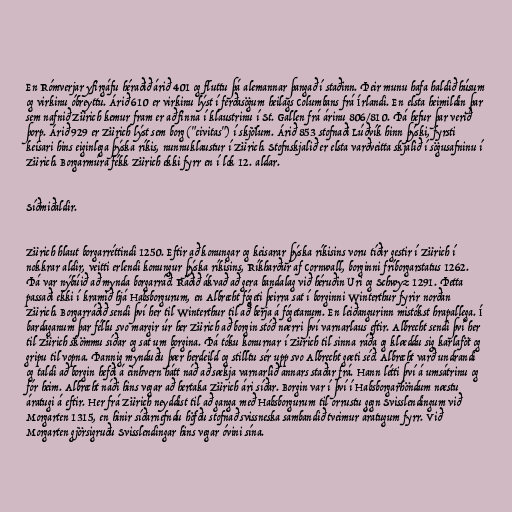
En Rómverjar yfirgáfu héraðið árið 401 og fluttu þá alemannar þangað í staðinn. Þeir munu hafa haldið húsum
og virkinu óbreyttu. Árið 610 er virkinu lýst í ferðasögum heilags Columbans frá Írlandi. En elsta heimildin þar
sem nafnið Zürich kemur fram er að finna í klaustrinu í St. Gallen frá árinu 806/810. Þá hefur þar verið
þorp. Árið 929 er Zürich lýst sem borg ("civitas") í skjölum. Árið 853 stofnaði Lúðvík hinn þýski, fyrsti
keisari hins eiginlega þýska ríkis, nunnuklaustur í Zürich. Stofnskjalið er elsta varðveitta skjalið í sögusafninu í
Zürich. Borgarmúra fékk Zürich ekki fyrr en í lok 12. aldar.

Síðmiðaldir.

Zürich hlaut borgarréttindi 1250. Eftir að konungar og keisarar þýska ríkisins voru tíðir gestir í Zürich í
nokkrar aldir, veitti erlendi konungur þýska ríkisins, Ríkharður af Cornwall, borginni fríborgarstatus 1262.
Þá var nýbúið að mynda borgarráð. Ráðið ákvað að gera bandalag við héruðin Uri og Schwyz 1291. Þetta
passaði ekki í kramið hjá Habsborgurum, en Albrecht fógeti þeirra sat í borginni Winterthur fyrir norðan
Zürich. Borgarráðið sendi því her til Winterthur til að berja á fógetanum. En leiðangurinn mistókst hrapallega. Í
bardaganum þar féllu svo margir úr her Zürich að borgin stóð nærri því varnarlaus eftir. Albrecht sendi því her
til Zürich skömmu síðar og sat um borgina. Þá tóku konurnar í Zürich til sinna ráða og klæddu sig karlaföt og
gripu til vopna. Þannig mynduðu þær herdeild og stilltu sér upp svo Albrecht gæti séð. Albrecht varð undrandi
og taldi að borgin hefði á einhvern hátt náð að sækja varnarlið annars staðar frá. Hann létti því á umsátrinu og
fór heim. Albrecht náði hins vegar að hertaka Zürich ári síðar. Borgin var í því í Habsborgarhöndum næstu
áratugi á eftir. Her frá Zürich neyddist til að ganga með Habsborgurum til orrustu gegn Svisslendingum við
Morgarten 1315, en hinir síðarnefndu höfðu stofnað svissneska sambandið tveimur áratugum fyrr. Við
Morgarten gjörsigruðu Svisslendingar hins vegar óvini sína.